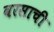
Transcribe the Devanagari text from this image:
वरसाची